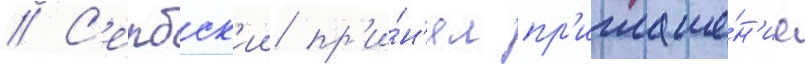
// С'ербск'ии пр'и́н'ял пр'иглаше́н'ие